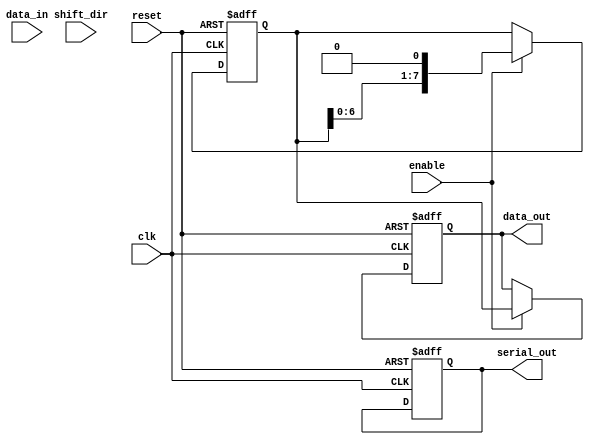
module parameterized_shift_register #(
    parameter DATA_WIDTH = 8,  // Default data width
    parameter MODE = "SIPO"     // Default mode: SIPO, PISO, or SHIFT
)(
    input wire clk,
    input wire reset,
    input wire [DATA_WIDTH-1:0] data_in,
    input wire shift_dir,        // 0 for left shift, 1 for right shift
    input wire enable,
    output reg [DATA_WIDTH-1:0] data_out,   // For SIPO mode
    output reg serial_out                       // For PISO mode
);

    reg [DATA_WIDTH-1:0] shift_reg; // Internal shift register

    always @(posedge clk or posedge reset) begin
        if (reset) begin
            shift_reg <= {DATA_WIDTH{1'b0}}; // Clear the shift register
            data_out <= {DATA_WIDTH{1'b0}};  // Clear the output
            serial_out <= 1'b0;               // Clear serial output
        end else if (enable) begin
            case (MODE)
                "PISO": begin
                    // Load data in parallel
                    shift_reg <= data_in; 
                    // Shift out serially
                    serial_out <= shift_reg[DATA_WIDTH-1];
                    shift_reg <= {1'b0, shift_reg[DATA_WIDTH-1:1]}; // Shift left
                end
                
                "SIPO": begin
                    // Shift the register right to make room for new data
                    shift_reg <= {shift_reg[DATA_WIDTH-2:0], 1'b0}; // Shift right
                    data_out <= shift_reg; // Output current contents in parallel
                end
                
                "SHIFT": begin
                    if (shift_dir) begin
                        // Shift right
                        shift_reg <= {1'b0, shift_reg[DATA_WIDTH-1:1]};
                    end else begin
                        // Shift left
                        shift_reg <= {shift_reg[DATA_WIDTH-2:0], 1'b0};
                    end
                    data_out <= shift_reg; // Output current contents in parallel
                end
                
                default: begin
                    // Default case can be used for handling unexpected modes
                    shift_reg <= shift_reg; // No operation
                end
            endcase
        end
    end

endmodule